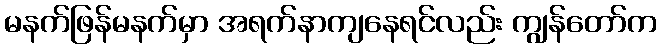
မနက်ဖြန်မနက်မှာ အရက်နာကျနေရင်လည်း ကျွန်တော်က